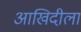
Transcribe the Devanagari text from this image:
आखिदीला